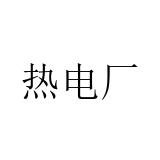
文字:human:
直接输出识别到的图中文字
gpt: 热电厂